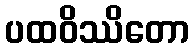
ပထဝိဿိတော